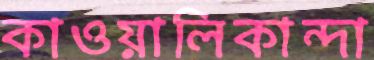
কাওয়ালিকান্দা